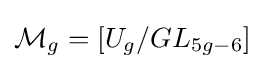
{\mathcal {M}}_{g}=[U_{g}/GL_{5g-6}]